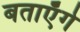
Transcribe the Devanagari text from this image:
बताएँगे